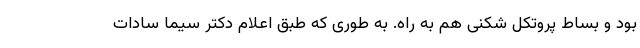
بود و بساط پروتکل شکنی هم به راه. به طوری که طبق اعلام دکتر سیما سادات